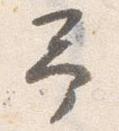
予